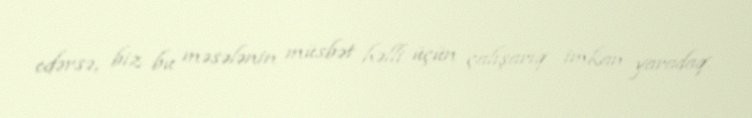
edərsə, biz bu məsələnin müsbət həlli üçün çalışarıq imkan yaradaq.